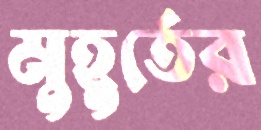
মুহূর্তের